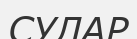
СУЛАР